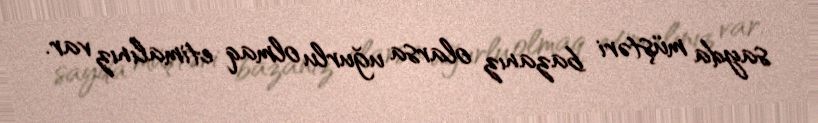
sayda müştəri bazanız olarsa uğurlu olmaq etimalınız var.